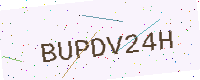
Text: BUPDV24H